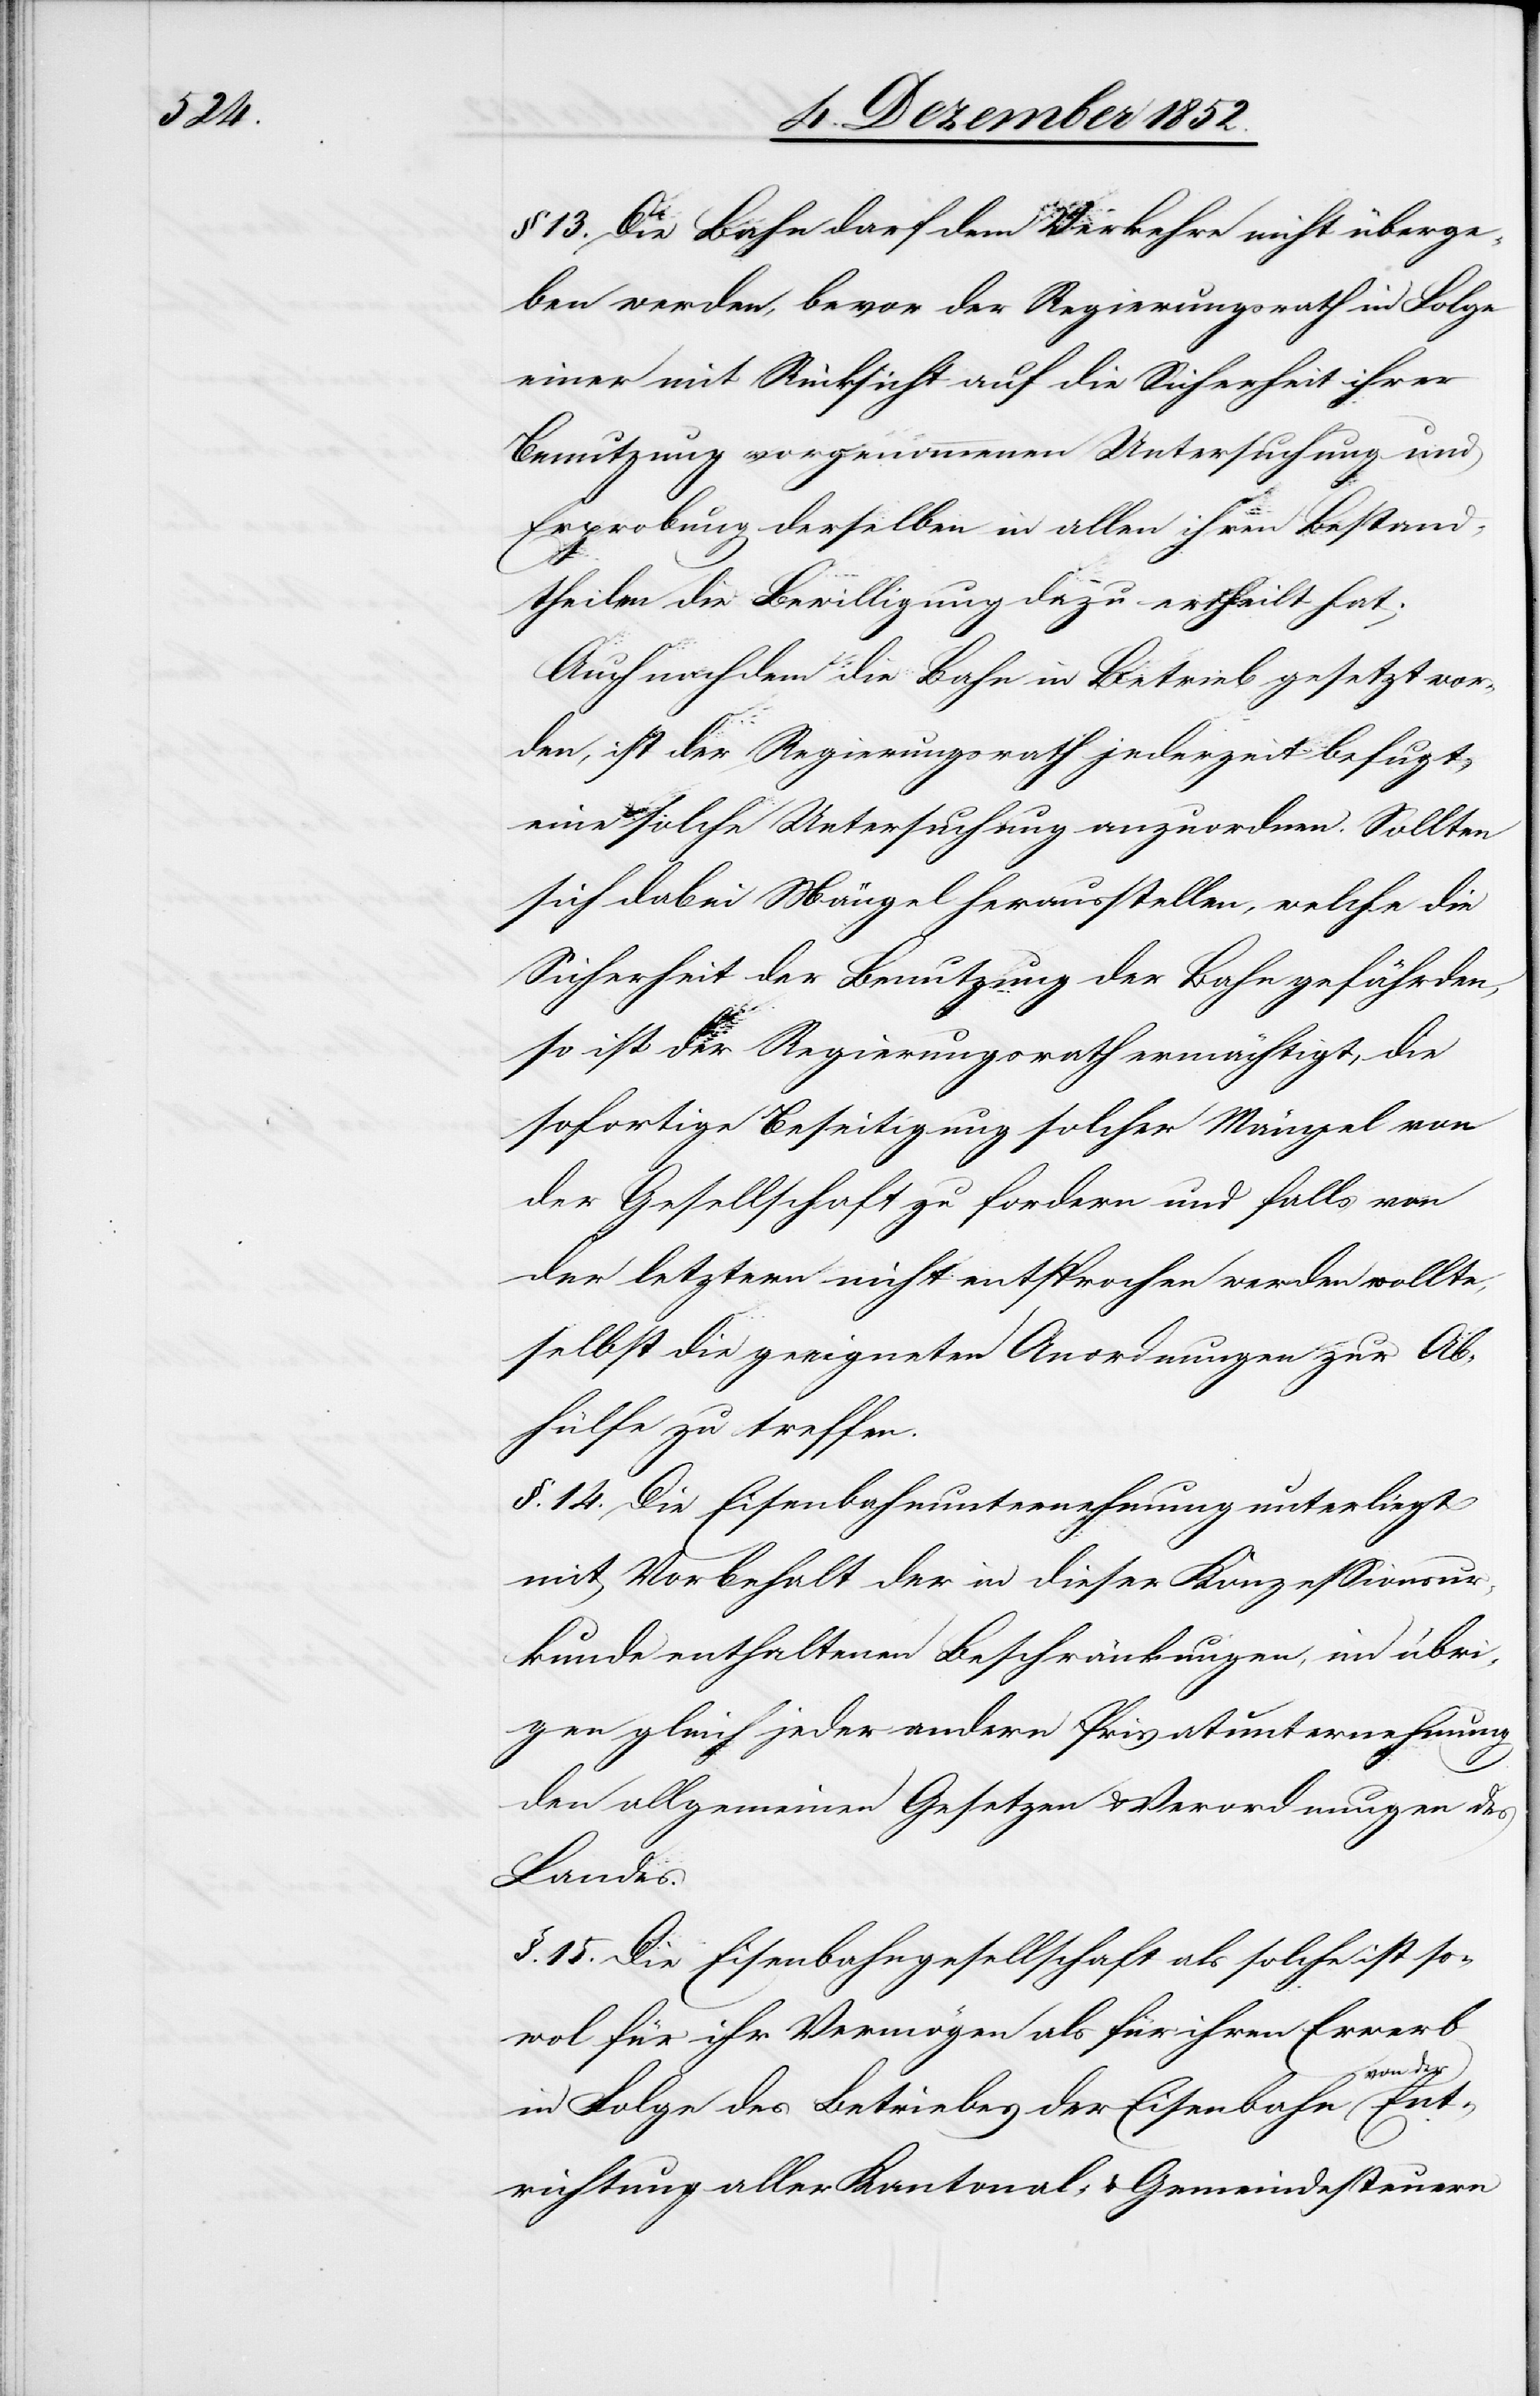
§ 13. Die Bahn darf dem Verkehre nicht überge¬
ben werden, bevor der Regierungsrath in Folge
einer mit Rücksicht auf die Sicherheit ihrer
Benutzung vorgenommenen Untersuchung und
Erprobung derselben in allen ihren Bestand¬
theilen die Bewilligung dazu ertheilt hat.
Auch nachdem die Bahn in Betrieb gesetzt wor¬
den, ist der Regierungsrath jederzeit befugt,
eine solche Untersuchung anzuordnen. Sollten
sich dabei Mängel herausstellen, welche die
Sicherheit der Benutzung der Bahn gefährden,
so ist der Regierungsrath ermächtigt, die
sofortige Beseitigung solcher Mängel von
der Gesellschaft zu fordern und falls von
der letztern nicht entsprochen werden wollte,
selbst die geeigneten Anordnungen zur Ab¬
hülfe zu treffen.
§. 14. Die Eisenbahnunternehmung unterliegt
mit Vorbehalt der in dieser Konzessionsur¬
kunde enthaltenen Beschränkungen, im übri¬
gen gleich jeder andern Privatunternehmung
den allgemeinen Gesetzen & Verordnungen des
der Ent¬
§. 15. Die Eisenbahngesellschaft als solche ist so¬
wol für ihr Vermögen als für ihren Erwerb
in Folge des Betriebes der Eisenbahn von
richtung aller Kantonal- & Gemeindesteuern